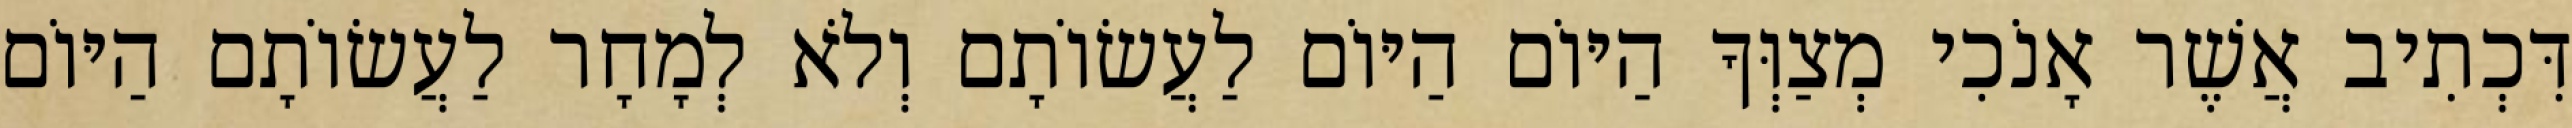
דִּכְתִיב אֲשֶׁר אָנֹכִי מְצַוְּךָ הַיּוֹם הַיּוֹם לַעֲשׂוֹתָם וְלֹא לְמָחָר לַעֲשׂוֹתָם הַיּוֹם